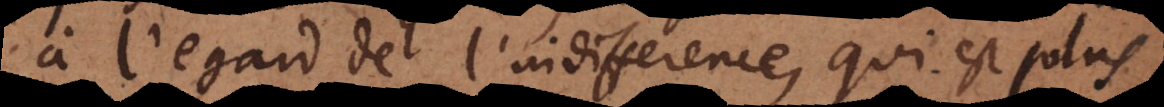
à l’egard de l’indifference, qui est plus